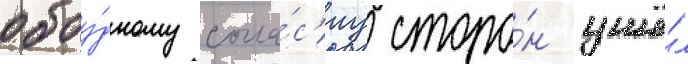
обоу́дному согла́с'иу сторо́н ушё́л